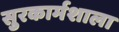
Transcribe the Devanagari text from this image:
सुरकार्मशाला